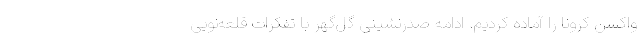
واکسن کرونا را آماده کردیم. ادامه صدرنشینی گل‌گهر با تفکرات قلعه‌نویی